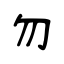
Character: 勿